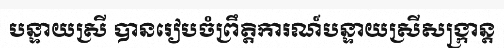
បន្ទាយស្រី បានរៀបចំព្រឹត្តិការណ៍បន្ទាយស្រីសង្ក្រាន្ត